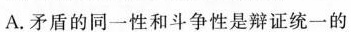
A.矛盾的同一性和斗争性是辩证统一的